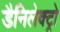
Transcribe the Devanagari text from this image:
डैनिलेक्ट्रो